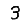
Digit: 3